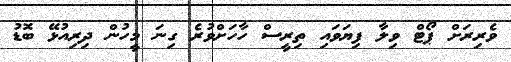
ވެރިރަށް ޕޯޓް ވިލާ ފިޔަވައި ތިރީސް ހާހަށްވުރެ ގިނަ މީހުން ދިރިއުޅޭ ބޮޑު